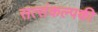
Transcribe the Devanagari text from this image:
सत्संकल्पकी